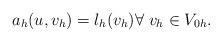
LaTeX: \begin{align*} a_h(u,v_h) = l_h(v_h) \forall \; v_h \in V_{0h}. \end{align*}